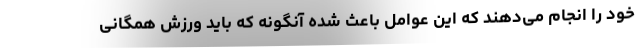
خود را انجام می‌دهند که این عوامل باعث شده آنگونه که باید ورزش همگانی